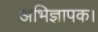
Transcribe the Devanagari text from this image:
अभिज्ञापक।